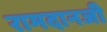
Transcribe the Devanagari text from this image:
रामदानजी